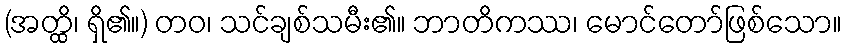
(အတ္ထိ၊ ရှိ၏။) တဝ၊ သင်ချစ်သမီး၏။ ဘာတိကဿ၊ မောင်တော်ဖြစ်သော။